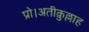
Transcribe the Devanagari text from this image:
प्रो।अतीक़ुल्लाह